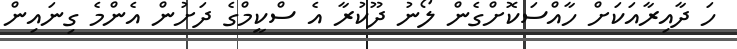
ހަ ދާއިރާއަކަށް ހާއްސަކޮށްގެން ލޯނު ދޫކުރާ އެ ސްކީމްގެ ދަށުން އެންމެ ގިނައިން